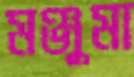
মঞ্জুমা